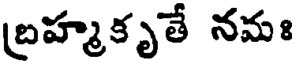
బ్రహ్మకృతే నమః